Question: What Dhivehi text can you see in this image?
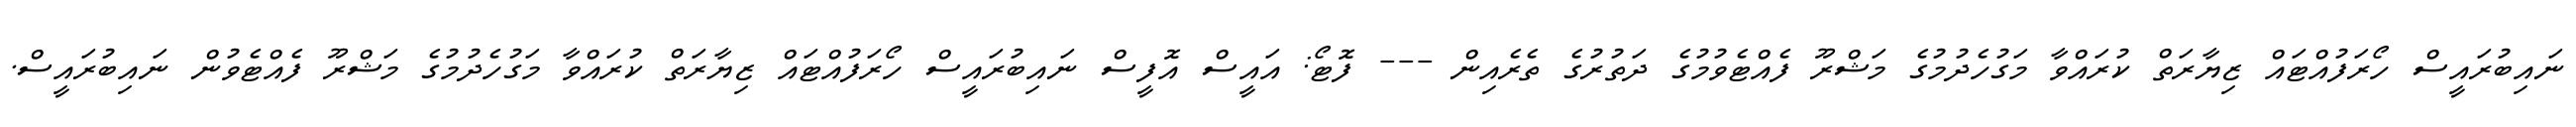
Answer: ނައިބުރައީސް ހޯރަފުއްޓައް ޒިޔާރަތް ކުރައްވާ މަގުހެދުމުގެ މަޝްރޫ ފެއްޓެވުމުގެ ދަތުރުގެ ތެރެއިން --- ފޮޓޯ: އައީސް އޮފީސް ނައިބުރައީސް ހޯރަފުއްޓައް ޒިޔާރަތް ކުރައްވާ މަގުހެދުމުގެ މަޝްރޫ ފެއްޓެވުން ނައިބުރައީސް.